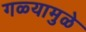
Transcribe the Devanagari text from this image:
गळ्यामुळे